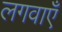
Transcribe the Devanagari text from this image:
लगवाएँ